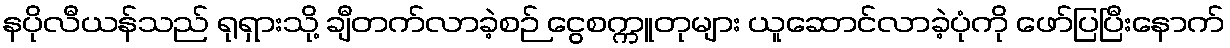
နပိုလီယန်သည် ရုရှားသို့ ချီတက်လာခဲ့စဉ် ငွေစက္ကူတုများ ယူဆောင်လာခဲ့ပုံကို ဖော်ပြပြီးနောက်